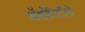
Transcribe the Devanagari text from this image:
ॲथॉरिटीचे